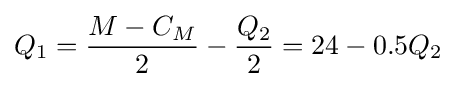
Q_{1}={\frac {M-C_{M}}{2}}-{\frac {Q_{2}}{2}}=24-0.5Q_{2}